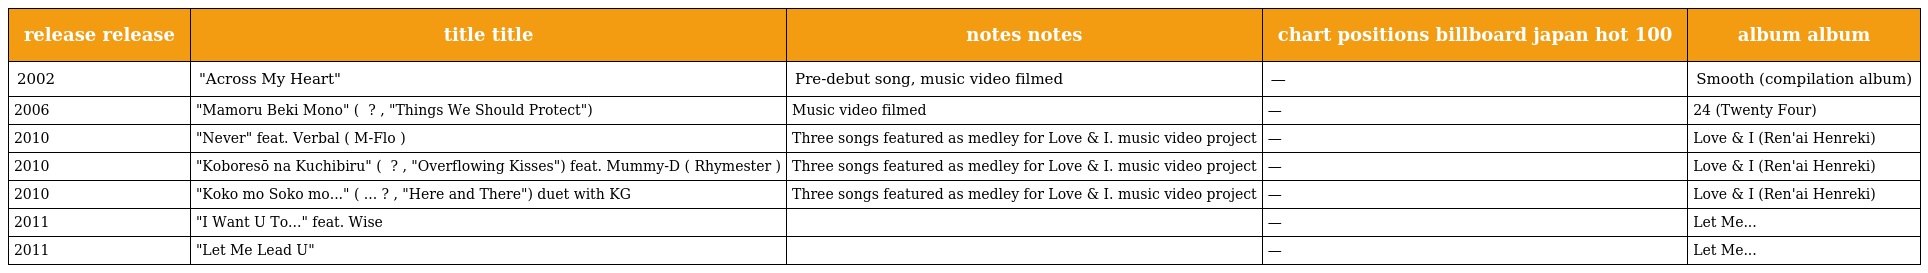
| release release | title title | notes notes | chart positions billboard japan hot 100 | album album |
 | --- | --- | --- | --- | --- |
 | 2002 | "Across My Heart" | Pre-debut song, music video filmed | — | Smooth (compilation album) |
 | 2006 | "Mamoru Beki Mono" ( 守るべきもの ? , "Things We Should Protect") | Music video filmed | — | 24 (Twenty Four) |
 | 2010 | "Never" feat. Verbal ( M-Flo ) | Three songs featured as medley for Love & I. music video project | — | Love & I (Ren'ai Henreki) |
 | 2010 | "Koboresō na Kuchibiru" ( こぼれそうな唇 ? , "Overflowing Kisses") feat. Mummy-D ( Rhymester ) | Three songs featured as medley for Love & I. music video project | — | Love & I (Ren'ai Henreki) |
 | 2010 | "Koko mo Soko mo..." ( ここもそこも... ? , "Here and There") duet with KG | Three songs featured as medley for Love & I. music video project | — | Love & I (Ren'ai Henreki) |
 | 2011 | "I Want U To..." feat. Wise |  | — | Let Me... |
 | 2011 | "Let Me Lead U" |  | — | Let Me... |